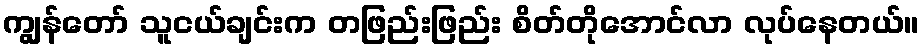
ကျွန်တော် သူငယ်ချင်းက တဖြည်းဖြည်း စိတ်တိုအောင်လာ လုပ်နေတယ်။